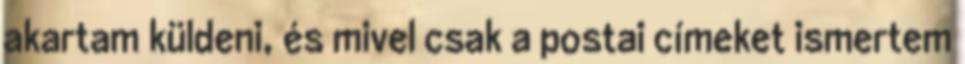
akartam küldeni, és mivel csak a postai címeket ismertem